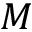
M